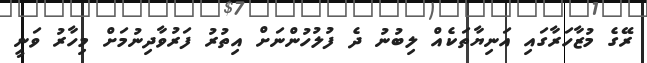
ރޭގެ މުޒާހަރާގައި އަނިޔާތަކެއް ލިބުނު ދެ ފުލުހުންނަށް އިތުރު ފަރުވާދިނުމަށް މިހާރު ވަނީ